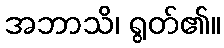
အဘာသိ၊ ရွတ်၏။